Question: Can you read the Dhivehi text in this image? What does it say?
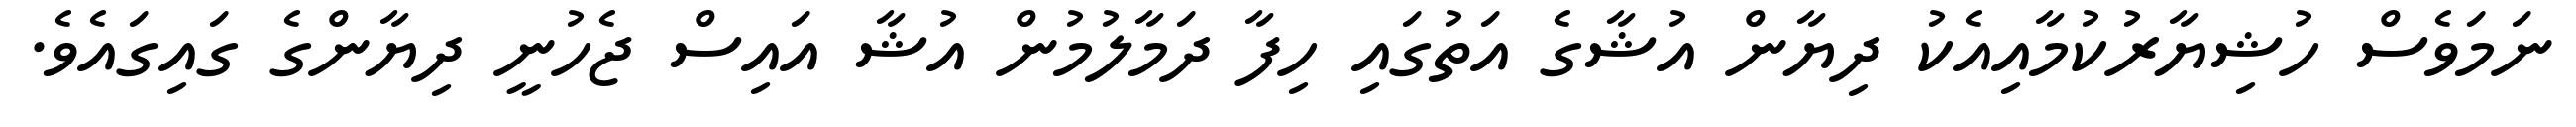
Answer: ނަމަވެސް ހުޝިޔާރުކުމާއިއެކު ދިޔާން އުޝާގެ އަތުގައި ހިފާ ދަމާލުމުން އުޝާ އައިސް ޖެހުނީ ދިޔާންގެ ގައިގައެވެ.